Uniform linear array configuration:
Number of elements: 64
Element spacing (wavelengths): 0.5
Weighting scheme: blackman
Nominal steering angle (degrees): -30
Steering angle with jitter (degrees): -30.923
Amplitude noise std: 0.05
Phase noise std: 0.05

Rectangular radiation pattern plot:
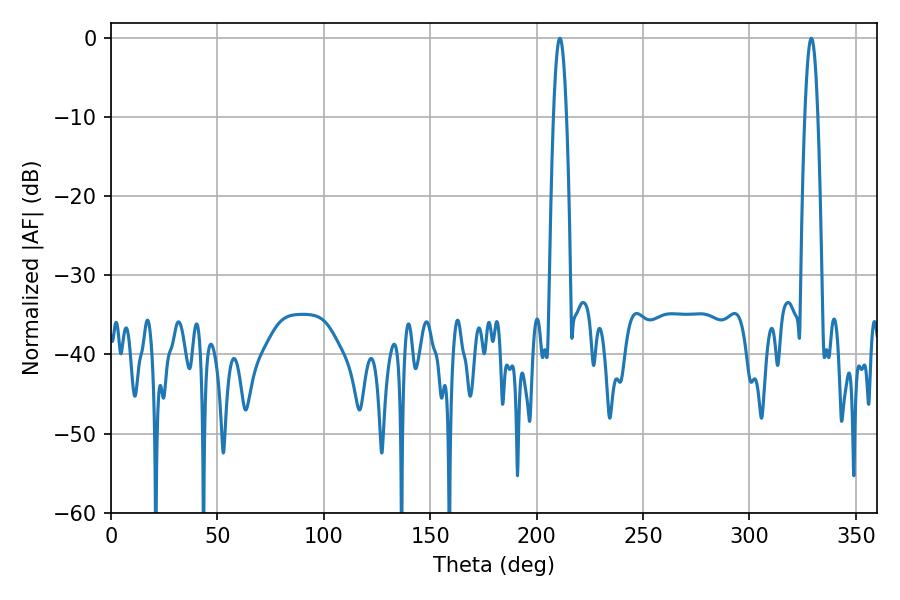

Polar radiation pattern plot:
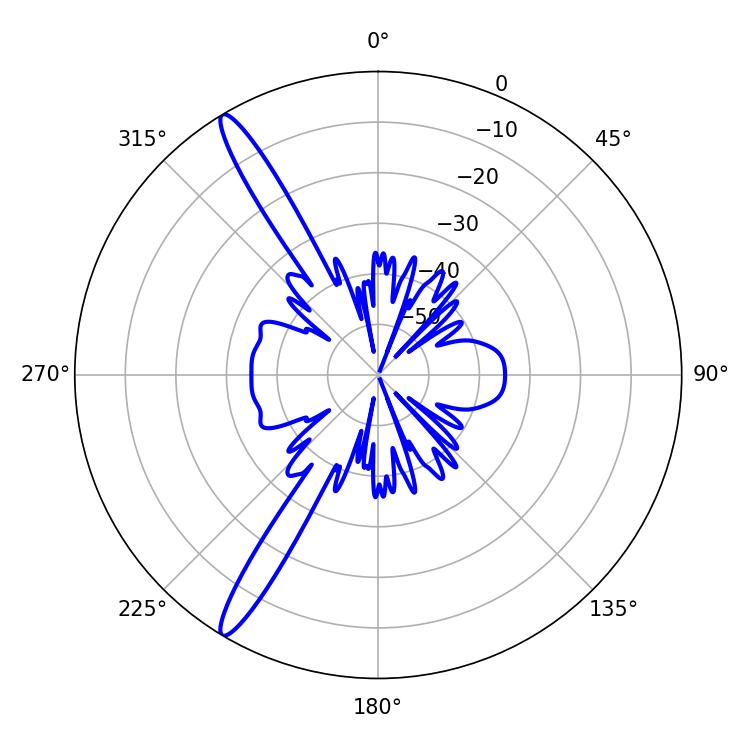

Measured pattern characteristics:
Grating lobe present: FALSE
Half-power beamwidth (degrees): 3.24
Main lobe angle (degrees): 329.04